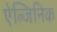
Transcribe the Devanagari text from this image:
ऐल्जिनिक